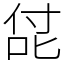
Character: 㖚